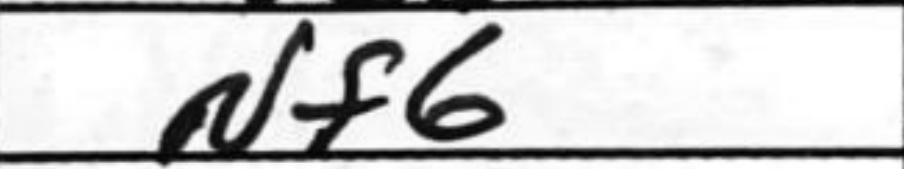
Transcription: Nf6